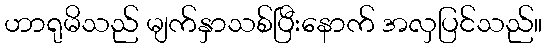
ဟာရုမိသည် မျက်နှာသစ်ပြီးနောက် အလှပြင်သည်။